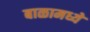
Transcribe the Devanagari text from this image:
बाळामध्ये